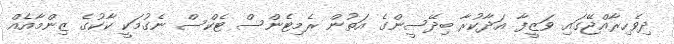
ދިވެހިރާއްޖޭގައި ވަޒީފާ އަދާކުރާ ބިދޭސީންގެ އަތުން ރެމިޓެންސް ޓެކްސް ނެގުމަކީ ކާކުގެ ޒިންމާއެއް